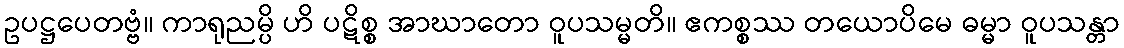
ဥပဋ္ဌပေတဗ္ဗံ။ ကာရုညမ္ပိ ဟိ ပဋိစ္စ အာဃာတော ဝူပသမ္မတိ။ ဧကစ္စဿ တယောပိမေ ဓမ္မာ ဝူပသန္တာ